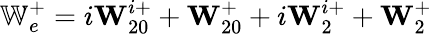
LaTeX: \mathbb{W}_{e}^{+}=i\textbf{W}_{20}^{i+}+\textbf{W}_{20}^{+}+i\textbf{W}_{2}^{i+}+\textbf{W}_{2}^{+}